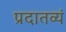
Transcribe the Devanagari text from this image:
प्रदातव्यं